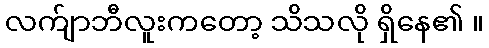
လက်ျာဘီလူးကတော့ သိသလို ရှိနေ၏ ။